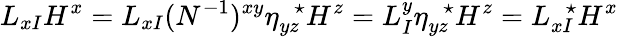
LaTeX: L_{xI}H^{x}=L_{xI}(N^{-1})^{xy}\eta_{yz}^{\ \ \ \star}H^{z}=L_{I}^{y}\eta_{yz}^{\ \ \ \star}H^{z}=L_{xI}^{\ \ \ \star}H^{x}